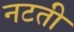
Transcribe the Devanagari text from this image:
नटती